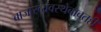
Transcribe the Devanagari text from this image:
बाजारव्यवस्थेबाबतही